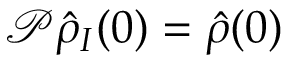
{ \mathcal P } \hat { \rho } _ { I } ( 0 ) = \hat { \rho } ( 0 )